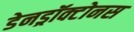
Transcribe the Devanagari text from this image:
डेनड्रॉक्टोनस